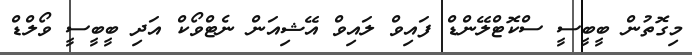
މިގޮތުން ބީބީސީ ސްކޮޓްލޭންޑް ފައިވް ލައިވް އޭޝިއަން ނެޓްވޯކް އަދި ބީބީސީ ވޯލްޑް